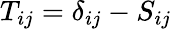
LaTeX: T_{ij}=\delta_{ij}-S_{ij}